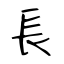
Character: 長